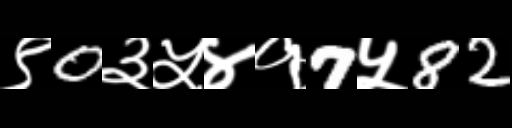
Text: ९0३५४१7५82